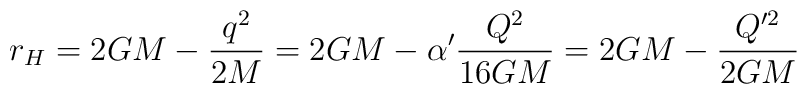
r_H = 2GM - \frac{q^2}{2M} = 2GM - \alpha' \frac{Q^2}{16GM} = 2GM -\frac{Q'^2}{2GM}